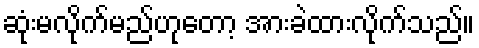
ဆုံးမလိုက်မည်ဟုတော့ အားခဲထားလိုက်သည်။